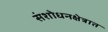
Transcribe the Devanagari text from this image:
संशोधनक्षेत्रात